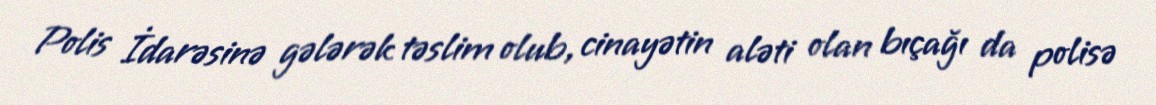
Polis İdarəsinə gələrək təslim olub, cinayətin aləti olan bıçağı da polisə